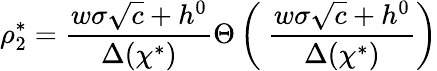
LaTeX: \rho_{2}^{*}=\frac{w\sigma\sqrt{c}+h^{0}}{\Delta(\chi^{*})}\Theta\left(\ \frac{w\sigma\sqrt{c}+h^{0}}{\Delta(\chi^{*})}\right)